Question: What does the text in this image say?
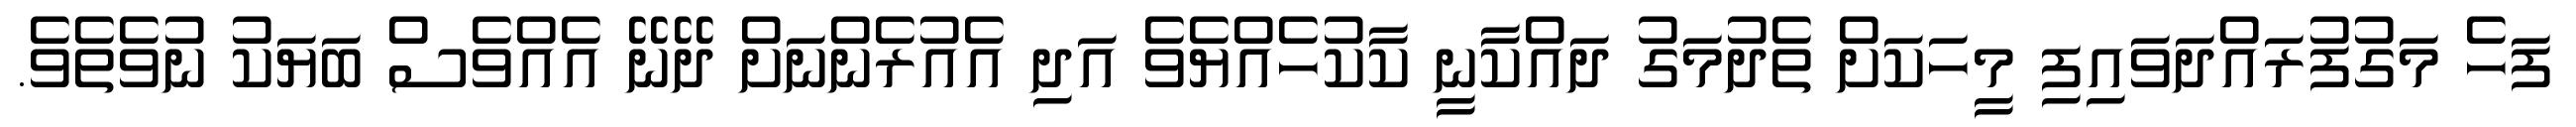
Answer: ފަހެ މަގުފުރައްދަވައިފި މީހަކަށް ތެދުމަގު ދައްކާނީ ކާކުހެއްޔެވެ އަދި އެއުރެންނަށް ދޭނޭ އެއްވެސް ބަޔަކު ނުވެތެވެ.